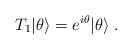
LaTeX: \begin{align*}T_1|\theta\rangle = e^{i\theta}|\theta\rangle\; .\end{align*}